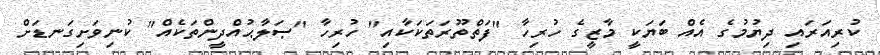
ކުރިއަރައި ދިޔުމުގެ އެއް ބަޔަކީ މާޒީގެ ހުރިހާ "ފަތްތޫރަތަކަކާއި" ހުރިހާ "ޞަލާޙުއްދީންތަކެއް" ކުނިވަށިގަނޑަށް